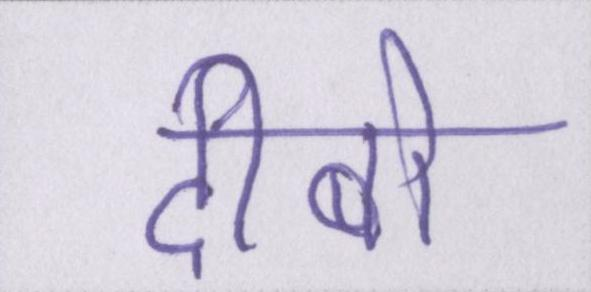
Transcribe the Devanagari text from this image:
दीबो